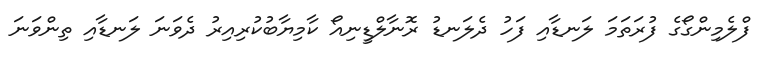
ފްލެމިންގޯގެ ފުރަތަމަ ލަނޑާއި ފަހު ދެލަނޑު ރޮނާލްޑީނިއޯ ކާމިޔާބުކުރިއިރު ދެވަނަ ލަނޑާއި ތިންވަނަ